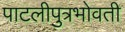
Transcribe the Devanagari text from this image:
पाटलीपुत्रभोवती